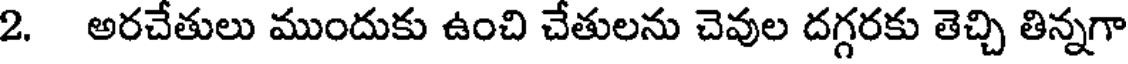
2. అరచేతులు ముందుకు ఉంచి చేతులను చెవుల దగ్గరకు తెచ్చి తిన్నగా